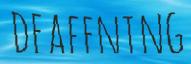
DEAFENING